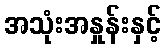
အသုံးအနှုန်းနှင့်